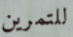
للتمرين